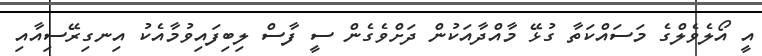
އީ އޯލެވެލްގެ މަސައްކަތާ ގުޅޭ މާއްދާއަކުން ދަށްވެގެން ސީ ފާސް ލިބިފައިވުމާއެކު އިނގިރޭސިއާއި